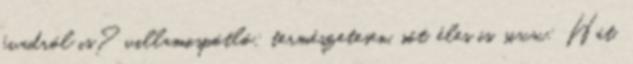
évadról is? villamospótló: természetesen, sőt, éles is. sixx: Hát,